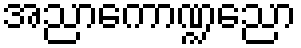
အညာကောဏ္ဍညော